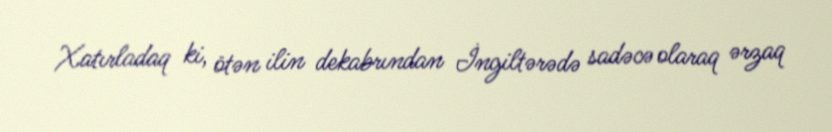
Xatırladaq ki, ötən ilin dekabrından İngiltərədə sadəcə olaraq ərzaq